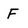
Character: F